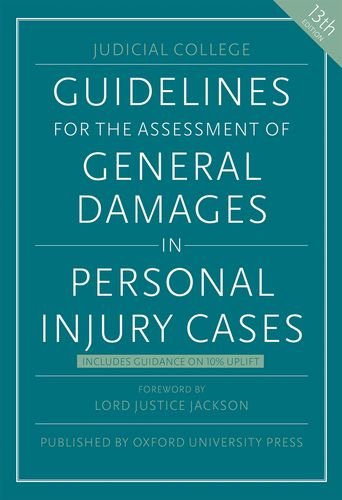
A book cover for Guidelines for the Assessment of General Damages in Personal Injury Cases; Judicial College; Law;